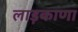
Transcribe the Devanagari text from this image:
लाड़काणा